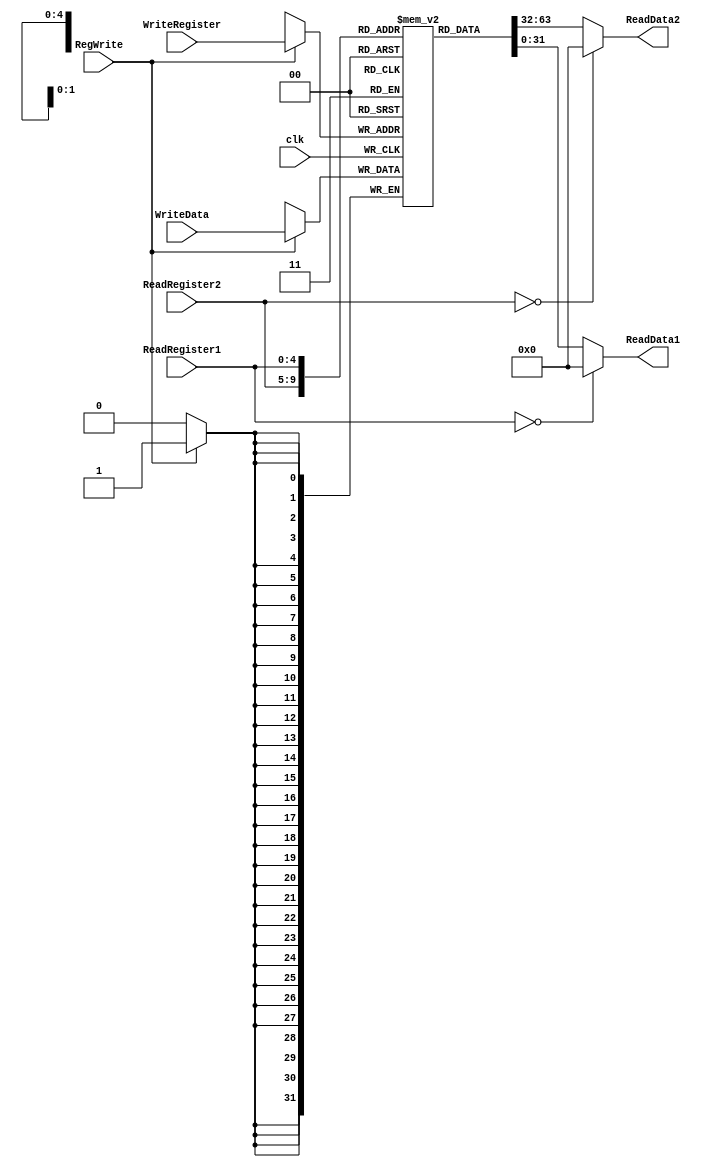
//Read before write Registers
module RBWRegisters (
    input [4:0] ReadRegister1,ReadRegister2, WriteRegister,
    input clk, RegWrite,
    input [31:0] WriteData, 
    output [31:0] ReadData1, ReadData2
);
reg [31:0] regs [31:0]; //define a 32*32 registers
assign ReadData1= (ReadRegister1==5'b0)?32'b0:regs[ReadRegister1]; //rs1Data
assign ReadData2= (ReadRegister2==5'b0)?32'b0:regs[ReadRegister2]; //rs2Data
always @(posedge clk) begin
    if(RegWrite)
        regs[WriteRegister]<=WriteData; //act as a decoder
end
endmodule